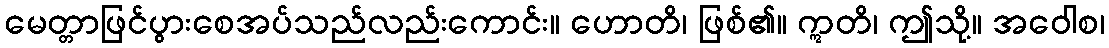
မေတ္တာဖြင်ပွားစေအပ်သည်လည်းကောင်း။ ဟောတိ၊ ဖြစ်၏။ ဣတိ၊ ဤသို့။ အဝေါစ၊